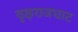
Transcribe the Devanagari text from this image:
वृक्षराजघाट